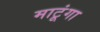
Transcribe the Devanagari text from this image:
माटूंगा